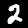
Digit: 2